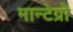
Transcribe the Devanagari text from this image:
मान्टेग्रो